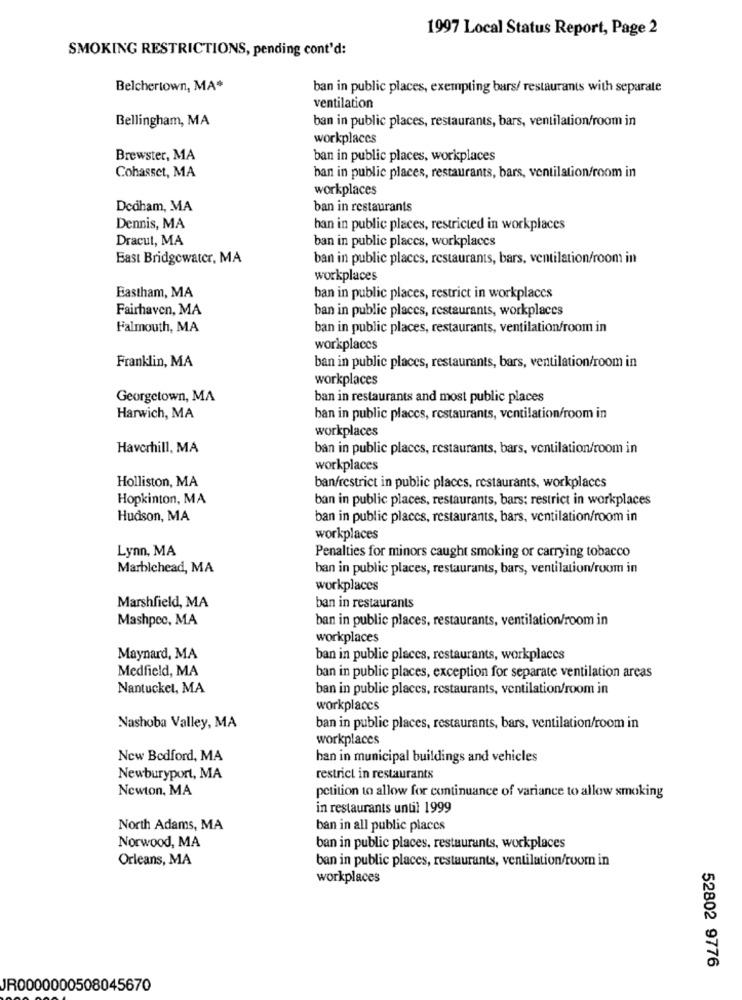
1997 Local Status Report, Page 2
SMOKING RESTRICTIONS, pending cont'd:
Belchertown, MA*
ban in public places, exempting bars/ restaurants with separate
ventilation
Bellingham, MA
ban in public places, restaurants, bars, ventilation/room in
workplaces
Brewster, MA
ban in public places, workplaces
Cohasset, MA
ban in public places, restaurants, bars, ventilation/room in
workplaces
Dedham, MA
ban in restaurants
Dennis, MA
ban in public places, restricted in workplaces
Dracut, MA
ban in public places, workplaces
East Bridgewater, MA
ban in public places, restaurants, bars, ventilation/room in
workplaces
Eastham, MA
ban in public places, restrict in workplaces
Fairhaven, MA
ban in public places, restaurants, workplaces
Falmouth, MA
ban in public places, restaurants, ventilation/room in
workplaces
Franklin, MA
ban in public places, restaurants, bars, ventilation/room in
workplaces
Georgetown, MA
ban in restaurants and most public places
Harwich, MA
ban in public places, restaurants, ventilation/room in
workplaces
Haverhill, MA
ban in public places, restaurants, bars, ventilation/room in
workplaces
Holliston, MA
ban/restrict in public places, restaurants, workplaces
Hopkinton, MA
ban in public places, restaurants, bars; restrict in workplaces
Hudson, MA
ban in public places, restaurants, bars, ventilation/room in
workplaces
Lynn, MA
Penalties for minors caught smoking or carrying tobacco
Marblehead, MA
ban in public places, restaurants, bars, ventilation/room in
workplaces
Marshfield, MA
ban in restaurants
Mashpec, MA
ban in public places, restaurants, ventilation/room in
workplaces
Maynard, MA
ban in public places, restaurants, workplaces
Medfield, MA
ban in public places, exception for separate ventilation areas
Nantucket, MA
ban in public places, restaurants, ventilation/room in
workplaces
Nashoba Valley, MA
ban in public places, restaurants, bars, ventilation/room in
workplaces
New Bedford, MA
han in municipal buildings and vehicles
Newburyport, MA
restrict in restaurants
Newton, MA
petition to allow for continuance of variance to allow smoking
in restaurants until 1999
North Adams, MA
ban in all public places
Norwood, MA
ban in public places, restaurants, workplaces
Orleans, MA
ban in public places, restaurants, ventilation/room in
workplaces
52802 9776
JR0000000508045670